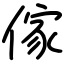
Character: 傢